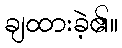
ချထားခဲ့၏။